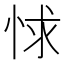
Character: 㤹